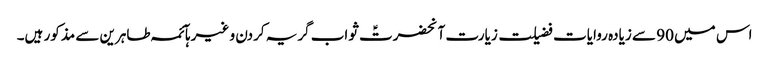
اس میں 90 سے زیادہ روایات فضیلت زیارت آنحضرتؑ ثواب گریہ کردن و غیرہآئمہ طاہرین سے مذکور ہیں۔